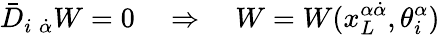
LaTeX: \bar{D}_{i\; \dot{\alpha}}W=0\quad\Rightarrow\quad W=W(x_{L}^{\alpha\dot{\alpha}},\theta_{i}^{\alpha})